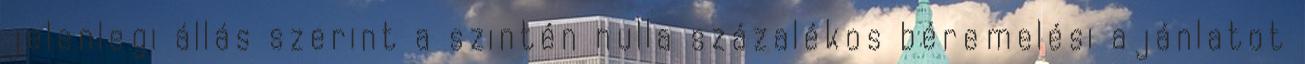
jelenlegi állás szerint a szintén nulla százalékos béremelési ajánlatot